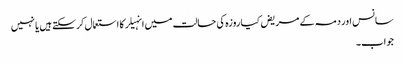
سانس اور دمہ کے مریض کیا روزہ کی حالت میں انہیلر کا استعمال کرسکتے ہیں یا نہیں
جواب۔